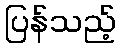
ပြန်သည့်